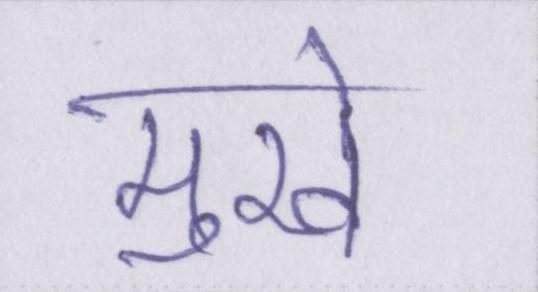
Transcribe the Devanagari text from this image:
मुखे